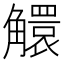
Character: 䚪